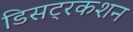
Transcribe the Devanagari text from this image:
डिसट्रकशन